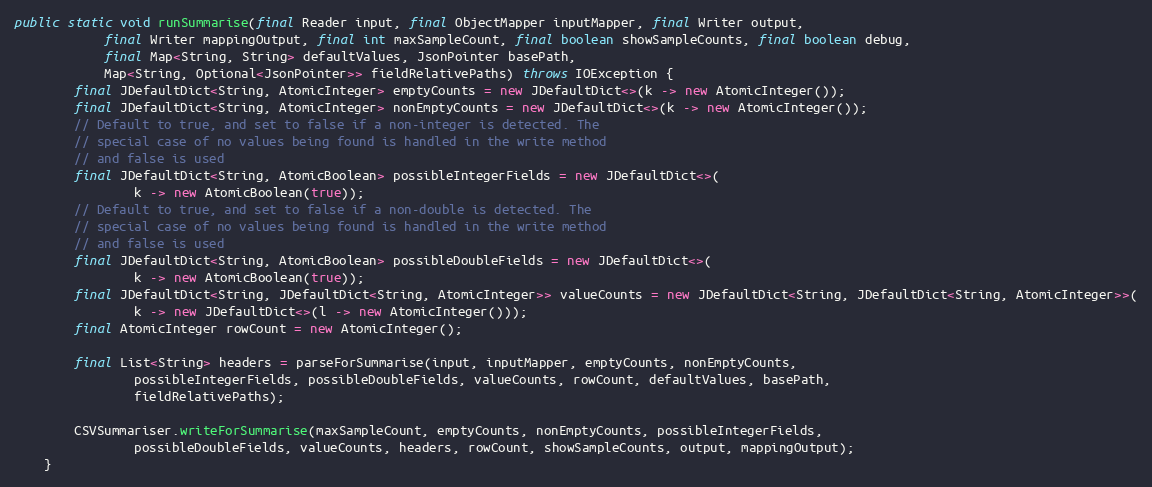
Language: Java
public static void runSummarise(final Reader input, final ObjectMapper inputMapper, final Writer output,
			final Writer mappingOutput, final int maxSampleCount, final boolean showSampleCounts, final boolean debug,
			final Map<String, String> defaultValues, JsonPointer basePath,
			Map<String, Optional<JsonPointer>> fieldRelativePaths) throws IOException {
		final JDefaultDict<String, AtomicInteger> emptyCounts = new JDefaultDict<>(k -> new AtomicInteger());
		final JDefaultDict<String, AtomicInteger> nonEmptyCounts = new JDefaultDict<>(k -> new AtomicInteger());
		// Default to true, and set to false if a non-integer is detected. The
		// special case of no values being found is handled in the write method
		// and false is used
		final JDefaultDict<String, AtomicBoolean> possibleIntegerFields = new JDefaultDict<>(
				k -> new AtomicBoolean(true));
		// Default to true, and set to false if a non-double is detected. The
		// special case of no values being found is handled in the write method
		// and false is used
		final JDefaultDict<String, AtomicBoolean> possibleDoubleFields = new JDefaultDict<>(
				k -> new AtomicBoolean(true));
		final JDefaultDict<String, JDefaultDict<String, AtomicInteger>> valueCounts = new JDefaultDict<String, JDefaultDict<String, AtomicInteger>>(
				k -> new JDefaultDict<>(l -> new AtomicInteger()));
		final AtomicInteger rowCount = new AtomicInteger();

		final List<String> headers = parseForSummarise(input, inputMapper, emptyCounts, nonEmptyCounts,
				possibleIntegerFields, possibleDoubleFields, valueCounts, rowCount, defaultValues, basePath,
				fieldRelativePaths);

		CSVSummariser.writeForSummarise(maxSampleCount, emptyCounts, nonEmptyCounts, possibleIntegerFields,
				possibleDoubleFields, valueCounts, headers, rowCount, showSampleCounts, output, mappingOutput);
	}